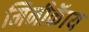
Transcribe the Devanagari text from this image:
मिनीकॅाय